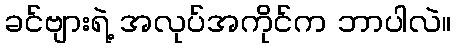
ခင်ဗျားရဲ့ အလုပ်အကိုင်က ဘာပါလဲ။